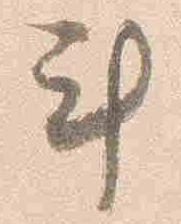
計